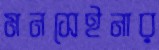
মনসেইনার